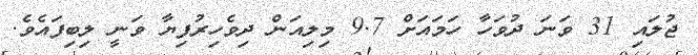
ޖުލައި 31 ވަނަ ދުވަހާ ހަމައަށް 9.7 މިލިއަން ދިވެހިރުފިޔާ ވަނީ ލިބިފައެވެ.